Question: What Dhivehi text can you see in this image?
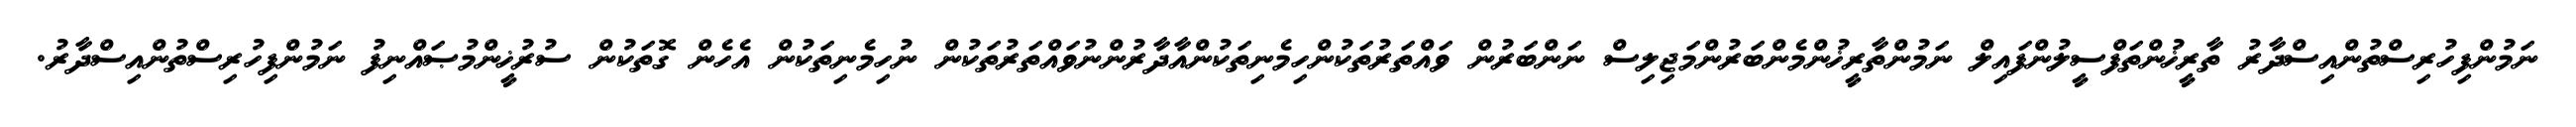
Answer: ނަމުންފިހުރިސްތުންއިސްދާރު ތާރީޚުންތަފްސީލުންފައިލް ނަމުންތާރީޚުންމެންބަރުންމަޖިލިސް ނަންބަރުން ވައްތަރުތަކުންހިމެނިތަކުންއާދާރުންނުވައްތަރުތަކުން ނުހިމެނިތަކުން އެހެން ގޮތަކުން ސުރުޚީންމުޞައްނިފު ނަމުންފިހުރިސްތުންއިސްދާރު.